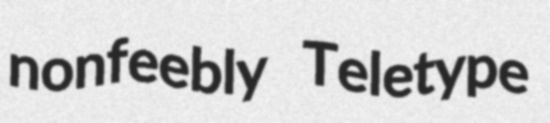
nonfeebly Teletype